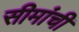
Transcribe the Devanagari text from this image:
सीमांची